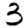
Digit: 3